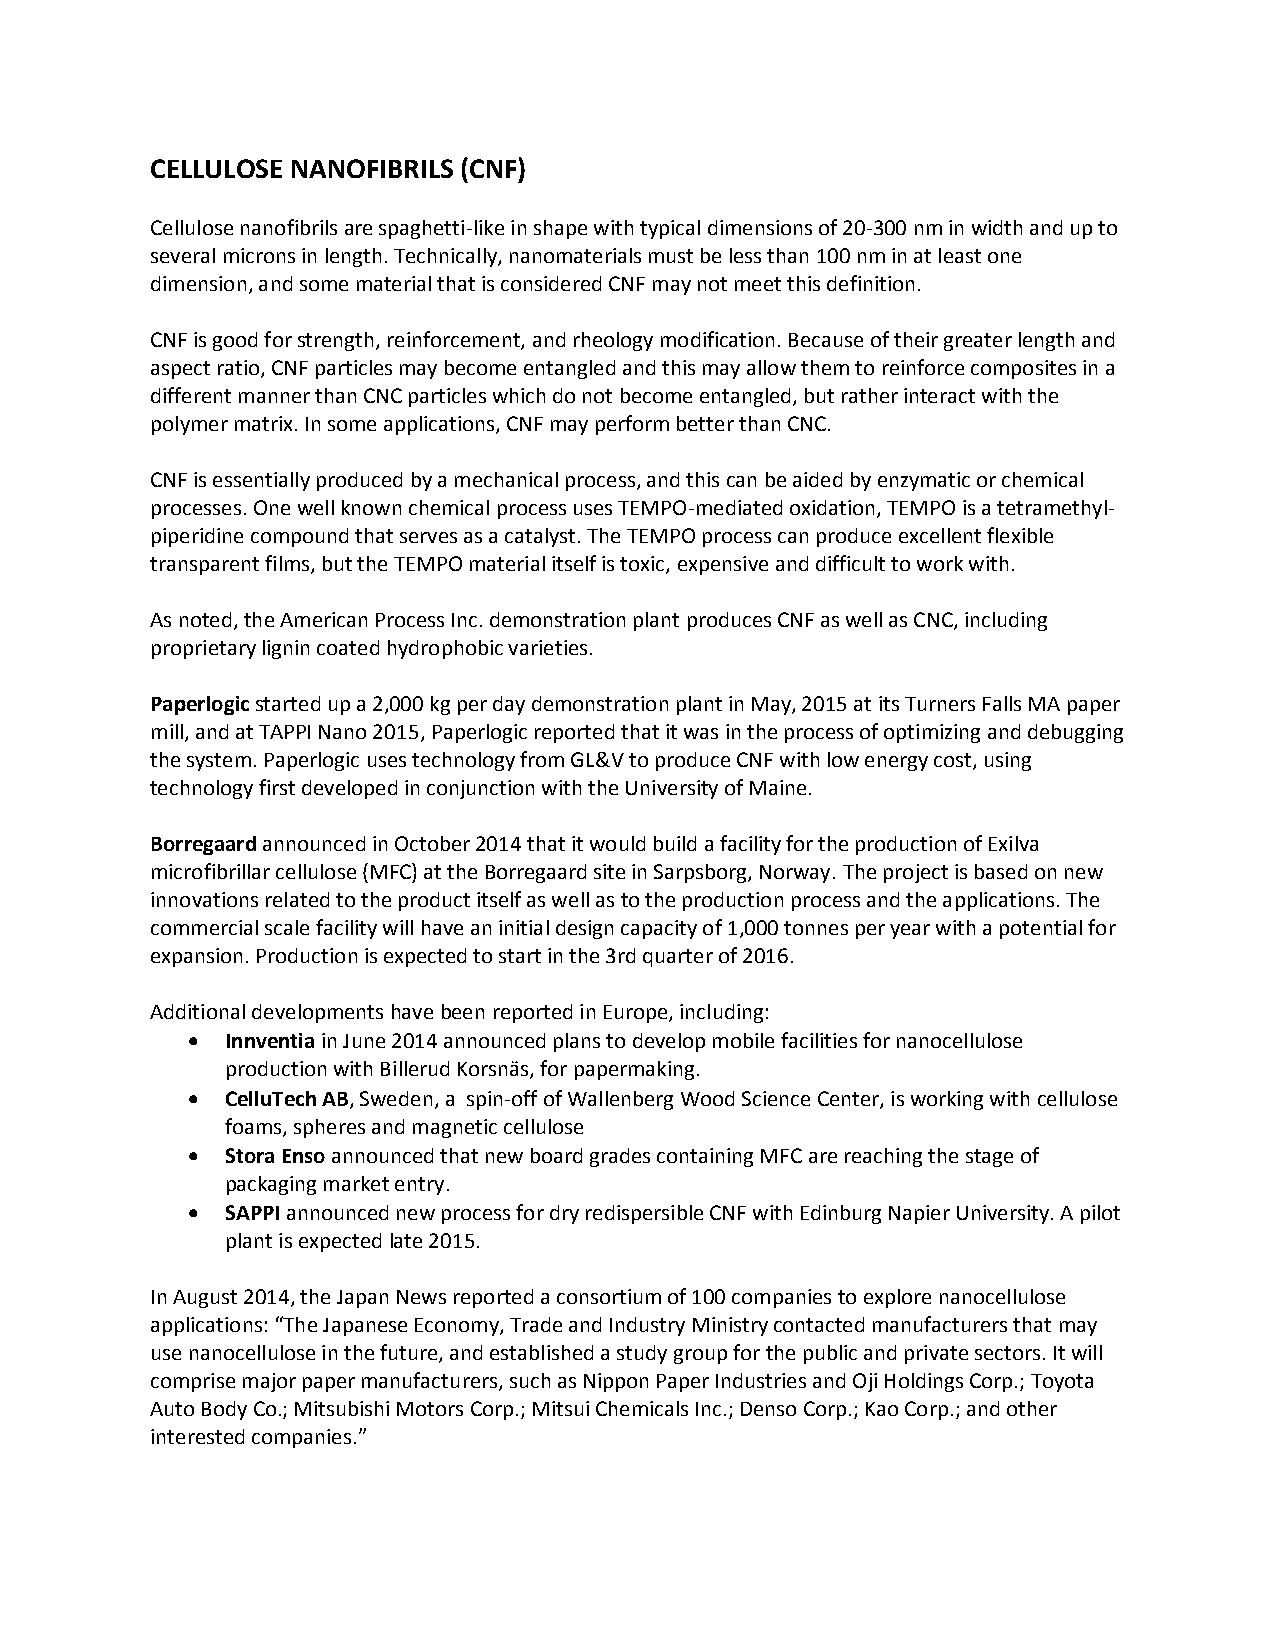
CELLULOSE NANOFIBRILS (CNF)
 Cellulose nanofibrils are spaghetti-like in shape with typical dimensions of 20-300 nm in width and up to
 several microns in length. Technically, nanomaterials must be less than 100 nm in at least one
 dimension, and some material that is considered CNF may not meet this definition.
 CNF is good for strength, reinforcement, and rheology modification. Because of their greater length and
 aspect ratio, CNF particles may become entangled and this may allow them to reinforce composites in a
 different manner than CNC particles which do not become entangled, but rather interact with the
 polymer matrix. In some applications, CNF may perform better than CNC.
 CNF is essentially produced by a mechanical process, and this can be aided by enzymatic or chemical
 processes. One well known chemical process uses TEMPO-mediated oxidation, TEMPO is a tetramethyl-
 piperidine compound that serves as a catalyst. The TEMPO process can produce excellent flexible
 transparent films, but the TEMPO material itself is toxic, expensive and difficult to work with.
 As noted, the American Process Inc. demonstration plant produces CNF as well as CNC, including
 proprietary lignin coated hydrophobic varieties.
 Paperlogic started up a 2,000 kg per day demonstration plant in May, 2015 at its Turners Falls MA paper
 mill, and at TAPPI Nano 2015, Paperlogic reported that it was in the process of optimizing and debugging
 the system. Paperlogic uses technology from GL&V to produce CNF with low energy cost, using
 technology first developed in conjunction with the University of Maine.
 Borregaard announced in October 2014 that it would build a facility for the production of Exilva
 microfibrillar cellulose (MFC) at the Borregaard site in Sarpsborg, Norway. The project is based on new
 innovations related to the product itself as well as to the production process and the applications. The
 commercial scale facility will have an initial design capacity of 1,000 tonnes per year with a potential for
 expansion. Production is expected to start in the 3rd quarter of 2016.
 Additional developments have been reported in Europe, including:
   Innventia in June 2014 announced plans to develop mobile facilities for nanocellulose
 production with Billerud Korsnäs, for papermaking.
   CelluTech AB, Sweden, a spin-off of Wallenberg Wood Science Center, is working with cellulose
 foams, spheres and magnetic cellulose
   Stora Enso announced that new board grades containing MFC are reaching the stage of
 packaging market entry.
   SAPPI announced new process for dry redispersible CNF with Edinburg Napier University. A pilot
 plant is expected late 2015.
 In August 2014, the Japan News reported a consortium of 100 companies to explore nanocellulose
 applications: “The Japanese Economy, Trade and Industry Ministry contacted manufacturers that may
 use nanocellulose in the future, and established a study group for the public and private sectors. It will
 comprise major paper manufacturers, such as Nippon Paper Industries and Oji Holdings Corp.; Toyota
 Auto Body Co.; Mitsubishi Motors Corp.; Mitsui Chemicals Inc.; Denso Corp.; Kao Corp.; and other
 interested companies.”